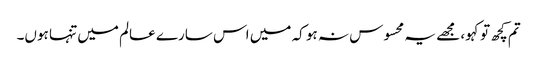
تم کچھ تو کہو، مجھے یہ محسوس نہ ہو کہ میں اس سارے عالم میں تنہا ہوں۔